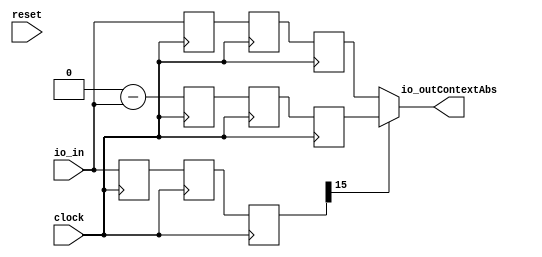
module AbsCircuitWithDelays(
  input         clock,
  input         reset,
  input  [15:0] io_in,
  output [15:0] io_outContextAbs
);
`ifdef RANDOMIZE_REG_INIT
  reg [31:0] _RAND_0;
  reg [31:0] _RAND_1;
  reg [31:0] _RAND_2;
  reg [31:0] _RAND_3;
  reg [31:0] _RAND_4;
  reg [31:0] _RAND_5;
  reg [31:0] _RAND_6;
  reg [31:0] _RAND_7;
  reg [31:0] _RAND_8;
`endif // RANDOMIZE_REG_INIT
  reg [15:0] _T_4; // @[Reg.scala 12:16]
  reg [15:0] _T_6; // @[Reg.scala 12:16]
  reg [15:0] _T_8; // @[Reg.scala 12:16]
  reg [16:0] _T_14; // @[Reg.scala 12:16]
  reg [16:0] _T_16; // @[Reg.scala 12:16]
  reg [16:0] _T_18; // @[Reg.scala 12:16]
  reg [15:0] _T_21; // @[Reg.scala 12:16]
  reg [15:0] _T_23; // @[Reg.scala 12:16]
  reg [15:0] _T_25; // @[Reg.scala 12:16]
  wire [16:0] _T_27 = _T_8[15] ? $signed(_T_18) : $signed({{1{_T_25[15]}},_T_25}); // @[FixedPointTypeClass.scala 207:8]
  assign io_outContextAbs = _T_27[15:0]; // @[ShiftRegisterDelaySpec.scala 27:22]
  always @(posedge clock) begin
    _T_4 <= io_in; // @[Reg.scala 13:19 Reg.scala 13:23 Reg.scala 12:16]
    _T_6 <= _T_4; // @[Reg.scala 13:19 Reg.scala 13:23 Reg.scala 12:16]
    _T_8 <= _T_6; // @[Reg.scala 13:19 Reg.scala 13:23 Reg.scala 12:16]
    _T_14 <= 16'sh0 - $signed(io_in); // @[FixedPointTypeClass.scala 34:22]
    _T_16 <= _T_14; // @[Reg.scala 13:19 Reg.scala 13:23 Reg.scala 12:16]
    _T_18 <= _T_16; // @[Reg.scala 13:19 Reg.scala 13:23 Reg.scala 12:16]
    _T_21 <= io_in; // @[Reg.scala 13:19 Reg.scala 13:23 Reg.scala 12:16]
    _T_23 <= _T_21; // @[Reg.scala 13:19 Reg.scala 13:23 Reg.scala 12:16]
    _T_25 <= _T_23; // @[Reg.scala 13:19 Reg.scala 13:23 Reg.scala 12:16]
    `ifndef SYNTHESIS
    `ifdef PRINTF_COND
      if (`PRINTF_COND) begin
    `endif
        if (~reset) begin
          $fwrite(32'h80000002,"io.in %d con %d\n",io_in,_T_8[15] ? $signed(_T_18) : $signed({{1{_T_25[15]}},_T_25})); // @[ShiftRegisterDelaySpec.scala 26:11]
        end
    `ifdef PRINTF_COND
      end
    `endif
    `endif // SYNTHESIS
  end
// Register and memory initialization
`ifdef RANDOMIZE_GARBAGE_ASSIGN
`define RANDOMIZE
`endif
`ifdef RANDOMIZE_INVALID_ASSIGN
`define RANDOMIZE
`endif
`ifdef RANDOMIZE_REG_INIT
`define RANDOMIZE
`endif
`ifdef RANDOMIZE_MEM_INIT
`define RANDOMIZE
`endif
`ifndef RANDOM
`define RANDOM $random
`endif
`ifdef RANDOMIZE_MEM_INIT
  integer initvar;
`endif
`ifndef SYNTHESIS
`ifdef FIRRTL_BEFORE_INITIAL
`FIRRTL_BEFORE_INITIAL
`endif
initial begin
  `ifdef RANDOMIZE
    `ifdef INIT_RANDOM
      `INIT_RANDOM
    `endif
    `ifndef VERILATOR
      `ifdef RANDOMIZE_DELAY
        #`RANDOMIZE_DELAY begin end
      `else
        #0.002 begin end
      `endif
    `endif
`ifdef RANDOMIZE_REG_INIT
  _RAND_0 = {1{`RANDOM}};
  _T_4 = _RAND_0[15:0];
  _RAND_1 = {1{`RANDOM}};
  _T_6 = _RAND_1[15:0];
  _RAND_2 = {1{`RANDOM}};
  _T_8 = _RAND_2[15:0];
  _RAND_3 = {1{`RANDOM}};
  _T_14 = _RAND_3[16:0];
  _RAND_4 = {1{`RANDOM}};
  _T_16 = _RAND_4[16:0];
  _RAND_5 = {1{`RANDOM}};
  _T_18 = _RAND_5[16:0];
  _RAND_6 = {1{`RANDOM}};
  _T_21 = _RAND_6[15:0];
  _RAND_7 = {1{`RANDOM}};
  _T_23 = _RAND_7[15:0];
  _RAND_8 = {1{`RANDOM}};
  _T_25 = _RAND_8[15:0];
`endif // RANDOMIZE_REG_INIT
  `endif // RANDOMIZE
end // initial
`ifdef FIRRTL_AFTER_INITIAL
`FIRRTL_AFTER_INITIAL
`endif
`endif // SYNTHESIS
endmodule